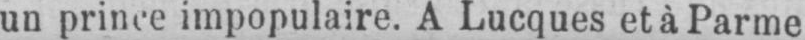
un prime impopulaire. A Lucques et à Parme